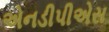
એનડીપીએસ